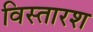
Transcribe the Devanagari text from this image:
विस्तारश